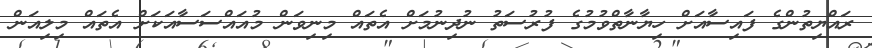
ރައްޔިތުންގެ ފައިސާއަށް ހިޔާނާތްވުމުގެ ފުރުސަތު ނުދިނުމަށް އެތައް މިނިވަން މުއައްސަސާއަކަށް އެތައް މިލިއަން